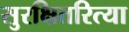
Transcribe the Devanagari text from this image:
सुरक्षितरित्या